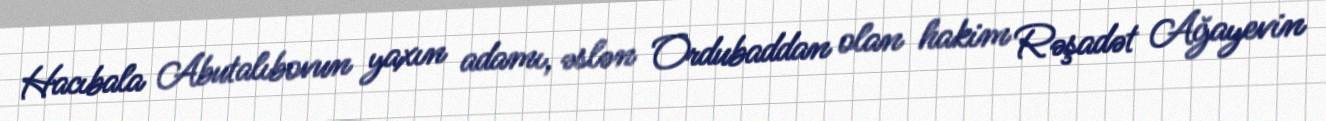
Hacıbala Abutalıbovun yaxın adamı, əslən Ordubaddan olan hakim Rəşadət Ağayevin